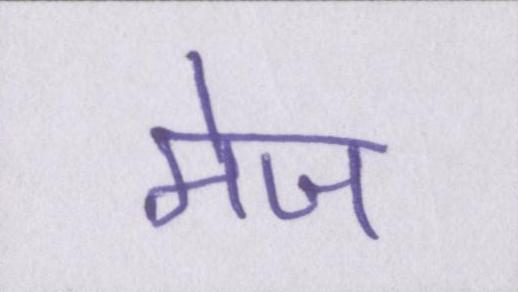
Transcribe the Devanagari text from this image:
मेज